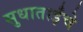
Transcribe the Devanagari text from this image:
सुधाताईंचे